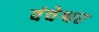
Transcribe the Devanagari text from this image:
वंचेश्वर